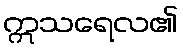
ဣသရေလ၏